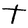
Character: t